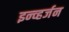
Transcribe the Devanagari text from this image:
इन्व्हर्जन